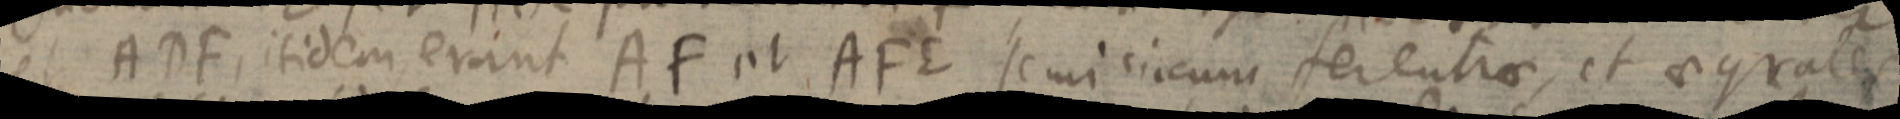
et ADF, itidem erunt AF et AFE semicircum serentrae, et aegrales